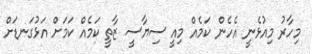
މިހާރު މިއުޅެނީ އެހެން ކަމެއް މިއީ ސިޔާސީ ޒާތީ ކަމެއް ކަމަށް އަޅުގަނޑަށް